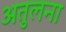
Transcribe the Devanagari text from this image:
अतुलना